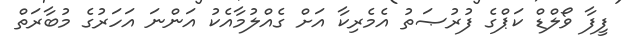
ފީފާ ވޯލްޑް ކަޕްގެ ފުރުޞަތު އެމެރިކާ އަށް ގެއްލުމާއެކު އަންނަ އަހަރުގެ މުބާރަތް